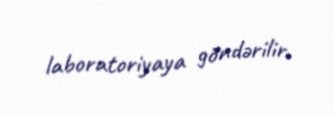
laboratoriyaya göndərilir.